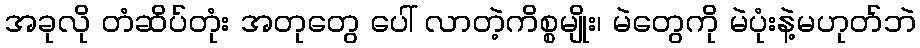
အခုလို တံဆိပ်တုံး အတုတွေ ပေါ် လာတဲ့ကိစ္စမျိုး၊ မဲတွေကို မဲပုံးနဲ့မဟုတ်ဘဲ